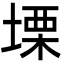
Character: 塛